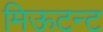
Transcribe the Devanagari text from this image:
मिऊटन्ट